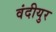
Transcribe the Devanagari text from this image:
वंदीयुर